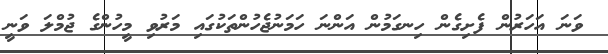
ވަނަ އަހަރުން ފެށިގެން ހިނގަމުން އަންނަ ހަމަނުޖެހުންތަކުގައި މަރުވި މީހުންގެ ޖުމްލަ ވަނީ